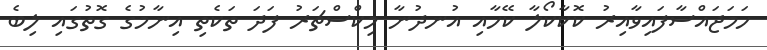
ހަމަޖައްސާފައިވާއިރު ކޮކާކޯލާ ކޭހާއި އުނދުނާ މިކްސްޗަރު ފަދަ ތަކެތި އިނާމުގެ ގޮތުގައި ލިބެ